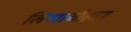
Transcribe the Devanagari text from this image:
लिया।चौहान